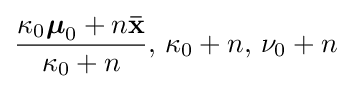
{\frac {\kappa _{0}{\boldsymbol {\mu }}_{0}+n\mathbf {\bar {x}} }{\kappa _{0}+n}},\,\kappa _{0}+n,\,\nu _{0}+n